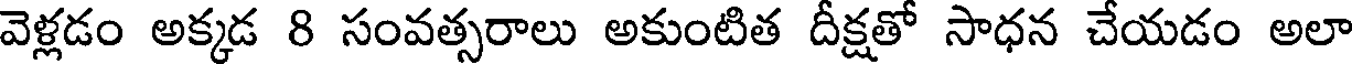
వెళ్లడం అక్కడ 8 సంవత్సరాలు అకుంటిత దీక్షతో సాధన చేయడం అలా